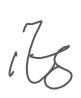
Text: its
Cross-out: clean
Writing tool: digital_gray